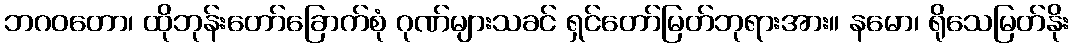
ဘဂဝတော၊ ထိုဘုန်းတော်ခြောက်စုံ ဂုဏ်များသခင် ရှင်တော်မြတ်ဘုရားအား။ နမော၊ ရိုသေမြတ်နိုး